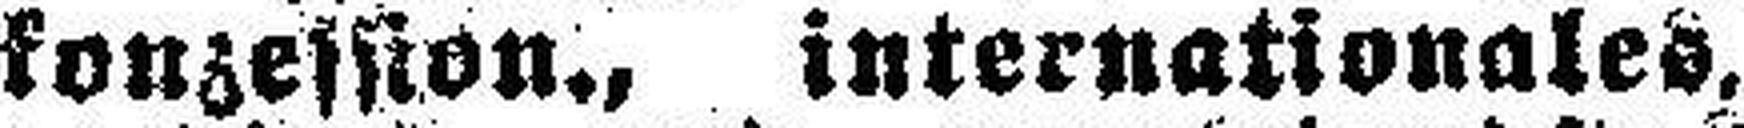
konzession., internationales,